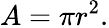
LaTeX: A=\pi r^{2}.